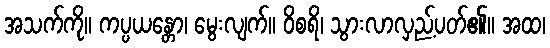
အသက်ကို။ ကပ္ပယန္တော၊ မွေးလျက်။ ဝိစရိ၊ သွားလာလှည့်ပတ်၏။ အထ၊